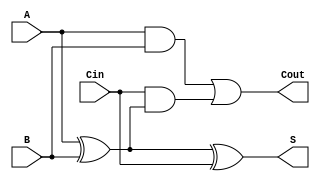
module RippleCarryFullAdder (
    input wire A,      // First binary digit
    input wire B,      // Second binary digit
    input wire Cin,    // Carry input
    output wire S,     // Sum output
    output wire Cout   // Carry output
);

// Internal wires for intermediate calculations
wire AxorB;         // A XOR B

// Calculate the sum (S)
assign AxorB = A ^ B;        // First XOR gate: A XOR B
assign S = AxorB ^ Cin;      // Second XOR gate: (A XOR B) XOR Cin

// Calculate the carry-out (Cout)
assign Cout = (A & B) | (Cin & AxorB); // Cout = (A AND B) OR (Cin AND (A XOR B))

endmodule